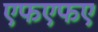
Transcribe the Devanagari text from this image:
एफएफए